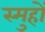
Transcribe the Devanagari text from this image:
स्मुहों